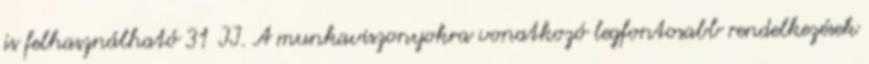
is felhasználható 31 II. A munkaviszonyokra vonatkozó legfontosabb rendelkezések